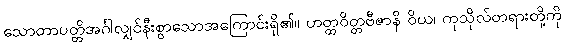
သောတာပတ္တိအင်္ဂါလျှင်နီးစွာသောအကြောင်းရှိ၏။ ဟတ္ထဝိတ္တဗီဇာနိ ဝိယ၊ ကုသိုလ်တရားတို့ကို